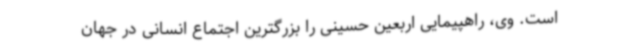
است. وی، راهپیمایی اربعین حسینی را بزرگترین اجتماع انسانی در جهان